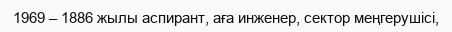
1969 – 1886 жылы аспирант, аға инженер, сектор меңгерушісі,